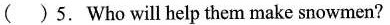
( ) 5. Who will help them make snowmen?